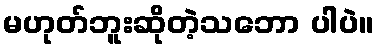
မဟုတ်ဘူးဆိုတဲ့သဘော ပါပဲ။